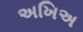
અખિઅ